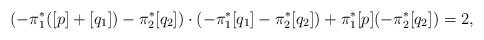
LaTeX: \begin{align*}(-\pi_1^*([p]+[q_1])-\pi_2^*[q_2])\cdot(-\pi_1^*[q_1]-\pi_2^*[q_2])+\pi_1^*[p](-\pi_2^*[q_2])=2,\end{align*}